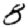
Digit: 8